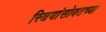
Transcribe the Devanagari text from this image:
स्त्रियांसोबतच्या